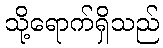
သို့ရောက်ရှိသည်